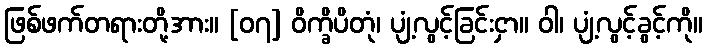
ဖြစ်ဖက်တရားတို့အား။ [၀၇] ဝိက္ခိပိတုံ၊ ပျံ့လွင့်ခြင်းငှာ။ ဝါ၊ ပျံ့လွင့်ခွင့်ကို။